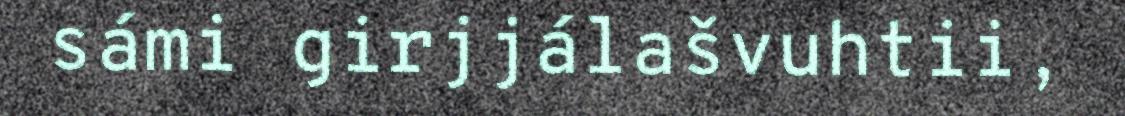
sámi girjjálašvuhtii,